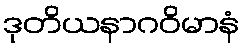
ဒုတိယနာဂဝိမာနံ